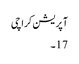
آپریشن کراچی
17۔